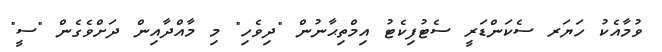
ވުމާއެކު ހަޔަރ ސެކަންޑަރީ ސެޓުފިކެޓު އިމްތިޙާނުން "ދިވެހި" މި މާއްދާއިން ދަށްވެގެން "ސީ"